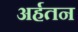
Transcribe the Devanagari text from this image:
अर्हतन